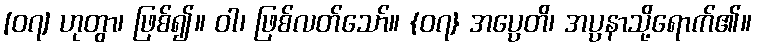
[၀၇] ဟုတွာ၊ ဖြစ်၍။ ဝါ၊ ဖြစ်လတ်သော်။ {၀၇} အပ္ပေတိ၊ အပ္ပနာသို့ရောက်၏။